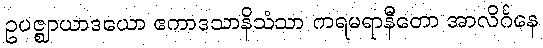
ဥပဇ္ဈာယာဒယော ဧကာဒသာနိသံသာ ကရမရာနီတော အာလိင်္ဂနေ